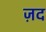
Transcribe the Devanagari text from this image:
ज़िंद